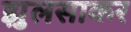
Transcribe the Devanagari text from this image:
झुलसाकर